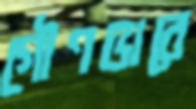
গৌণভাবে